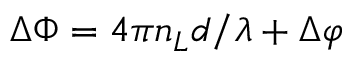
\Delta \Phi = 4 \pi n _ { L } d / \lambda + \Delta \varphi